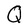
Character: Q